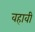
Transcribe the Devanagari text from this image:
वहावी